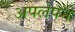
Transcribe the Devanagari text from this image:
अपलेपन